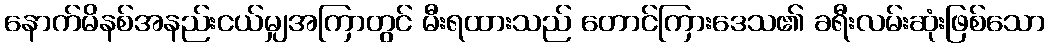
နောက်မိနစ်အနည်းငယ်မျှအကြာတွင် မီးရထားသည် တောင်ကြားဒေသ၏ ခရီးလမ်းဆုံးဖြစ်သော